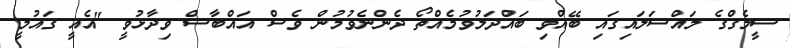
ސީމެގްގެ މައްސަލައިގައި ބޭއްވި ބައްދަލުވުމެއްތޯ ދެންނެވުމުން ވެސް އައްބާސް ވިދާޅުވީ "އެއީ ގައުމީ